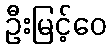
ဦးမြင့်ဝေ